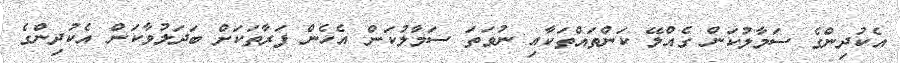
އެކުދިންގެ ސަމާލުކަން ގެއްލޭ ކަންތައްތަކާއި ނުވަތަ ސަމާލުކަން އެހެން ފަރާތަކަށް ބަދަލުވާކަން އެކުދިންގެ